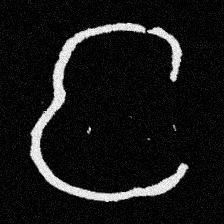
Pyu character \u2014 Myanmar letter: င (romanized: nga)